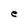
Character: e